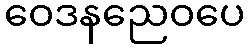
ဝေဒနညေဝပေ